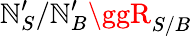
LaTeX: \mathbb{N}_{S}^{\prime}/\mathbb{N}_{B}^{\prime}\ggR_{S/B}